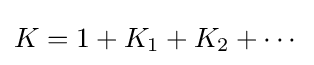
K=1+K_{1}+K_{2}+\cdots